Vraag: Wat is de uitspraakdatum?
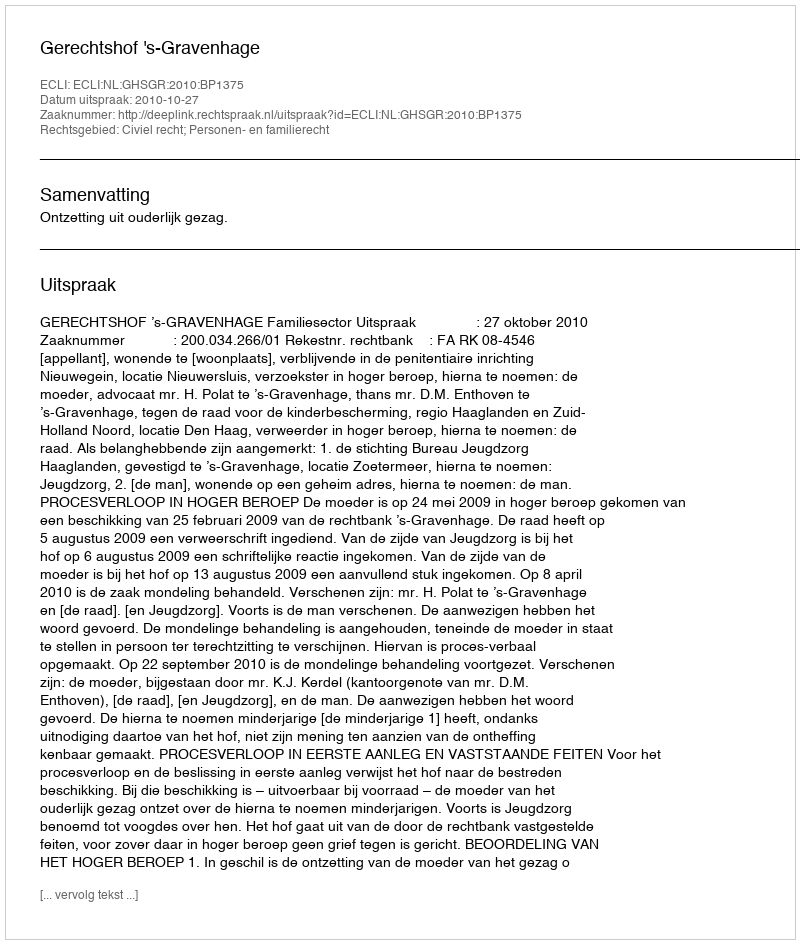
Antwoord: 2010-10-27